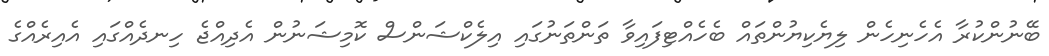
ބޭނުންކުރާ އެހެނިހެން ލިޔެކިޔުންތައް ބެހެއްޓިފައިވާ ތަންތަނުގައި އިލެކްޝަންސް ކޮމިޝަނުން އެދިއްޖެ ހިނދެއްގައި އެއިރެއްގެ